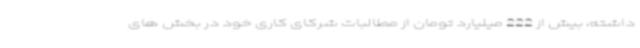
داشته، بیش از 222 میلیارد تومان از مطالبات شرکای کاری خود در بخش های